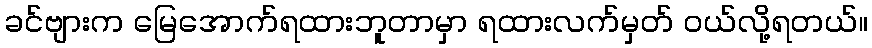
ခင်ဗျားက မြေအောက်ရထားဘူတာမှာ ရထားလက်မှတ် ဝယ်လို့ရတယ်။